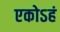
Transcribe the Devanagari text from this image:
एकोऽहं